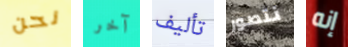
نحن آخر تأليف نتصور إنه